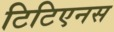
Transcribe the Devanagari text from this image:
टिटिएनस